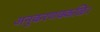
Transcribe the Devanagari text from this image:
अनुकरणक्कळि।